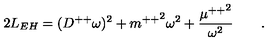
2 L _ { E H } = ( D ^ { + + } \omega ) ^ { 2 } + { m ^ { + + } } ^ { 2 } \omega ^ { 2 } + { \frac { { \mu ^ { + + } } ^ { 2 } } { \omega ^ { 2 } } } \qquad .